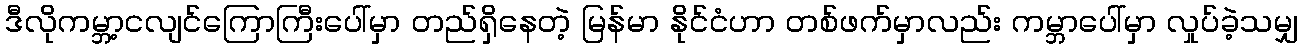
ဒီလိုကမ္ဘာ့ငလျင်ကြောကြီးပေါ်မှာ တည်ရှိနေတဲ့ မြန်မာ နိုင်ငံဟာ တစ်ဖက်မှာလည်း ကမ္ဘာပေါ်မှာ လှုပ်ခဲ့သမျှ